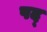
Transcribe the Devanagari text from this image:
षद्